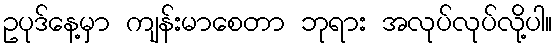
ဥပုဒ်နေ့မှာ ကျန်းမာစေတာ ဘုရား အလုပ်လုပ်လို့ပါ။